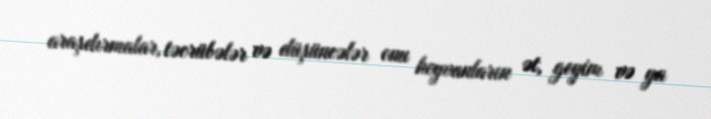
araşdırmalar, təcrübələr və düşüncələr onu heyvanların ət, geyim və ya